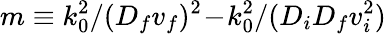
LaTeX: m\equiv k_{0}^{2}/(D_{f}v_{f})^{2}\! -\! k_{0}^{2}/(D_{i}D_{f}v_{i}^{2})